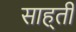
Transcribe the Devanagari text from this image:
साह्ती